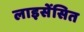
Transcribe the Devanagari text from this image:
लाइसेंसित